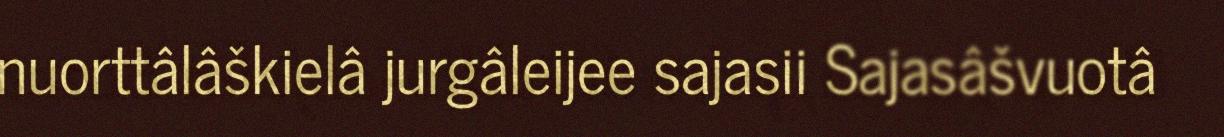
nuorttâlâškielâ jurgâleijee sajasii Sajasâšvuotâ